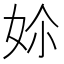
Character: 㚷